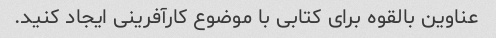
عناوین بالقوه برای کتابی با موضوع کارآفرینی ایجاد کنید.